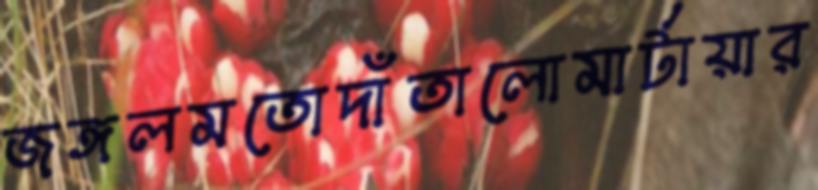
জঙ্গলমতোদাঁতালোমার্টায়ার